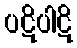
ပဋိပါဋိ